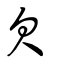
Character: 欠